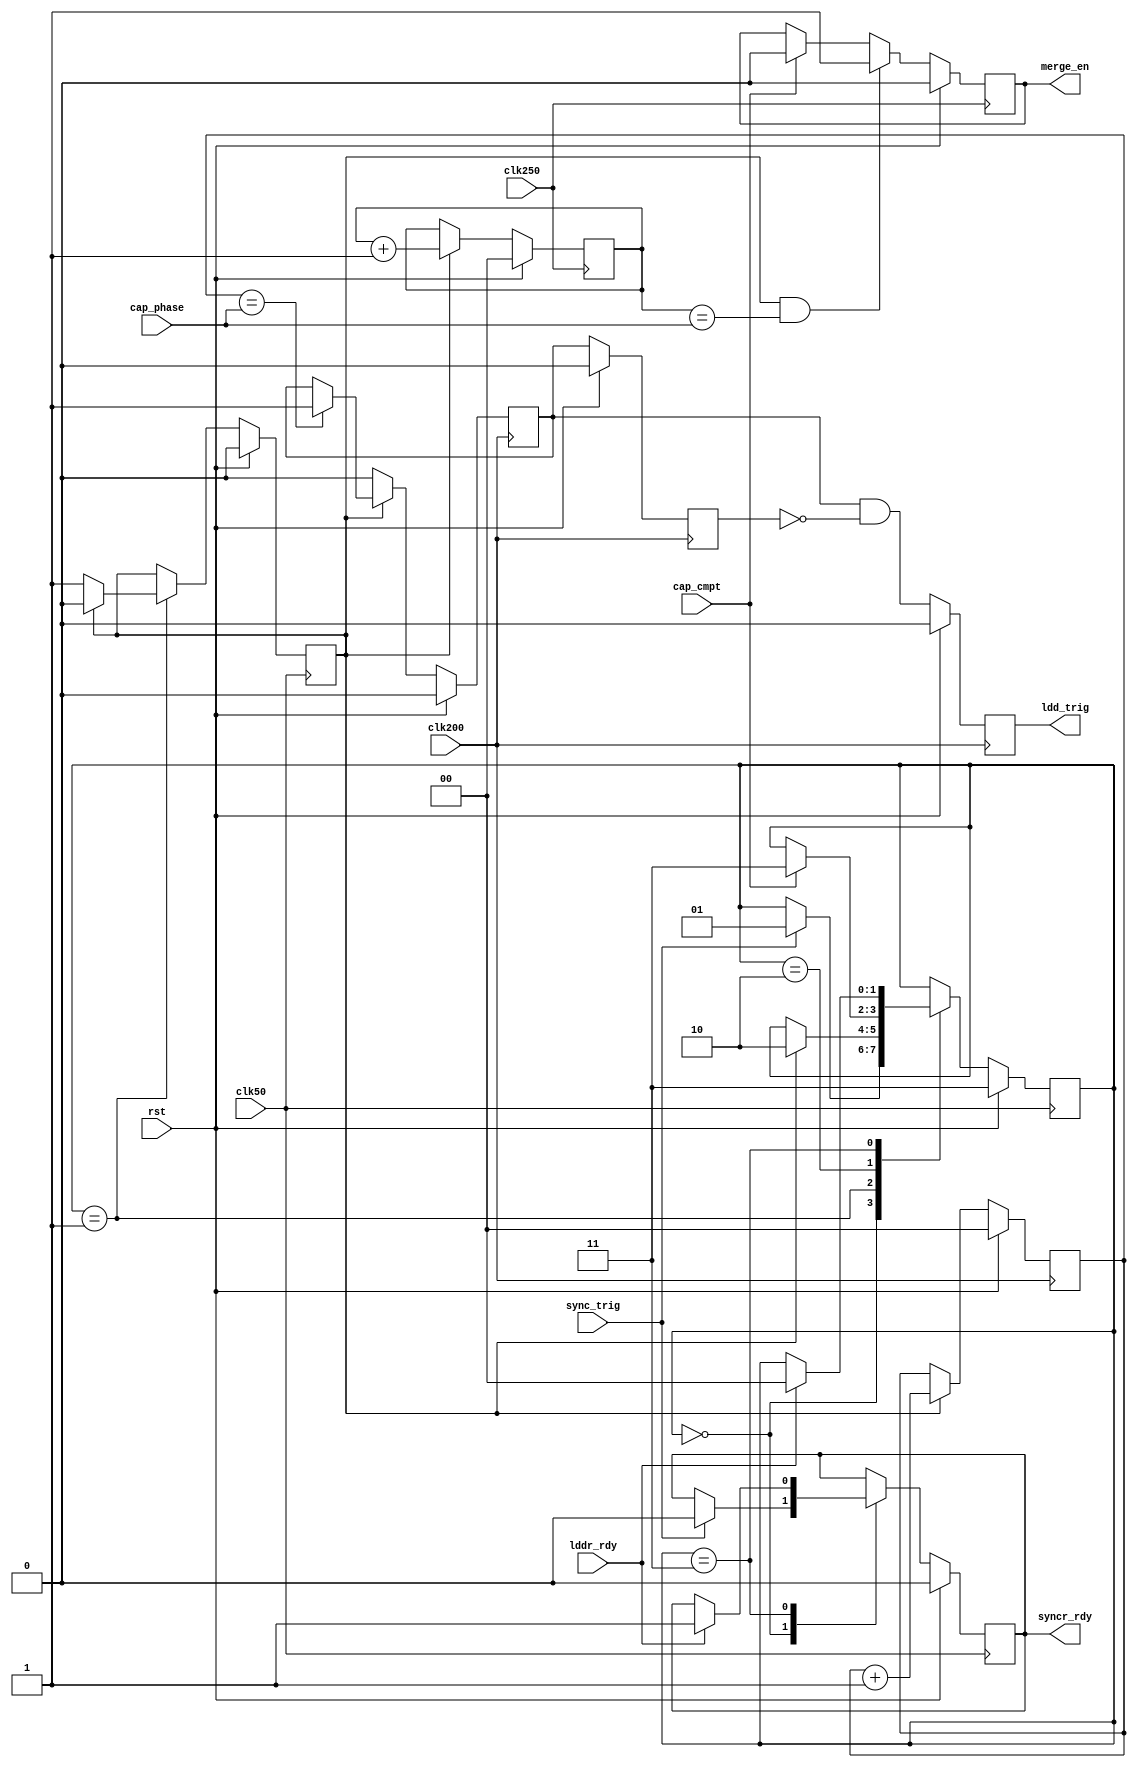
`timescale 1ns / 1ps
//////////////////////////////////////////////////////////////////////////////////
// Company: 
// Engineer: 
// 
// Design Name: 
// Module Name: Ta_sync_trig
// Project Name: 
// Target Devices: 
// Tool Versions: 
// Description: 
// 
// Dependencies: 
// 
// Revision:
// Revision 0.01 - File Created
// Additional Comments:
// 
//////////////////////////////////////////////////////////////////////////////////


module Ta_sync_trig
#(
parameter CAP0_1 = 2 
)(
input                   rst         ,
input                   clk250      ,
input                   clk200      ,
input                   clk50       ,
input                   sync_trig   ,
output                  syncr_rdy   ,
input                   cap_cmpt    ,
input    [CAP0_1-1:0]   cap_phase   ,
output                  merge_en    ,
output                  ldd_trig    ,
input                   lddr_rdy
    );

localparam S_IDLE = 0,
           S_TRIG = 1,
           S_CAPC = 2,
           S_LDDC = 3;
reg[1:0] state       = S_LDDC;
reg      t_syncr_rdy = 0     ;
reg      sync_signal = 0     ;
always@(posedge clk50)begin
	if(rst)begin
		state       <= S_LDDC;
		t_syncr_rdy <= 0     ;
		sync_signal <= 0     ;
	end else begin
		case(state)
			S_IDLE:begin
				if(sync_trig)begin
					state       <= S_TRIG;
					t_syncr_rdy <= 0     ;
				end
			end
			S_TRIG:begin
				if(sync_signal)begin
					state       <= S_CAPC;
					sync_signal <= 0;
				end else begin
					sync_signal <= 1;
				end
			end
			S_CAPC:begin
				if(cap_cmpt)begin
					state <= S_LDDC;
				end
			end
			S_LDDC:begin
				if(lddr_rdy)begin
					state       <= S_IDLE;
					t_syncr_rdy <= 1     ;
				end
			end
		endcase
	end
end

reg             t_ldd_trig  =0;
reg             t_ldd_trig0 =0;
reg             t_ldd_trig1 =0;
reg[CAP0_1-1:0] ldd_phase   =0;
always@(posedge clk200)begin
	if(rst)begin
		t_ldd_trig  <= 0;
		t_ldd_trig0 <= 0;
		t_ldd_trig1 <= 0;
		ldd_phase   <= 0;
	end else begin
		if(sync_signal)begin
			ldd_phase <= ldd_phase + 1;
			if(ldd_phase==cap_phase)begin
				t_ldd_trig0 <= 1;
			end
		end else begin
			t_ldd_trig0 <= 0;
		end
		t_ldd_trig1 <= t_ldd_trig0;
		t_ldd_trig  <= t_ldd_trig0&(!t_ldd_trig1);
	end
end

reg             t_merge_en  =0;
reg[CAP0_1-1:0] merge_phase =0;
always@(posedge clk250)begin
	if(rst)begin
		t_merge_en  <= 0;
		merge_phase <= 0;
	end else begin
		if(sync_signal)begin
			merge_phase <= merge_phase + 1;
		end
		if(sync_signal&(merge_phase==cap_phase))begin
			t_merge_en <= 1;
		end else if(cap_cmpt)begin
			t_merge_en <= 0;
		end
	end
end

assign syncr_rdy = t_syncr_rdy ;
assign merge_en  = t_merge_en  ;
assign ldd_trig  = t_ldd_trig  ;

endmodule